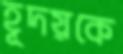
হূদয়কে